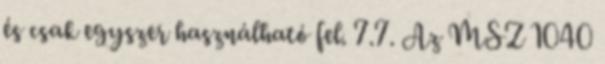
és csak egyszer használható fel. 7.7. Az MSZ 1040